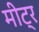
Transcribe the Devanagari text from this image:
मीट्र